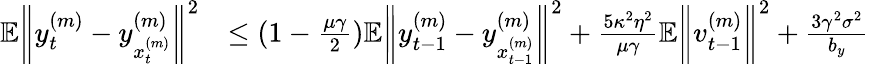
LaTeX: \begin{array}{rl}{\mathbb{E}\bigg\| y_{t}^{(m)}-y_{x_{t}^{(m)}}^{(m)}\bigg\| ^{2}}&{\leq(1-\frac{\mu\gamma}{2})\mathbb{E}\bigg\| y_{t-1}^{(m)}-y_{x_{t-1}^{(m)}}^{(m)}\bigg\| ^{2}+\frac{5\kappa^{2}\eta^{2}}{\mu\gamma}\mathbb{E}\bigg\| v_{t-1}^{(m)}\bigg\| ^{2}+\frac{3\gamma^{2}\sigma^{2}}{b_{y}}}\end{array}